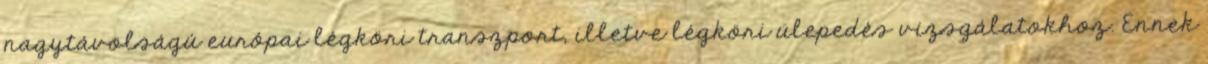
nagytávolságú európai légköri transzport, illetve légköri ülepedés vizsgálatokhoz. Ennek